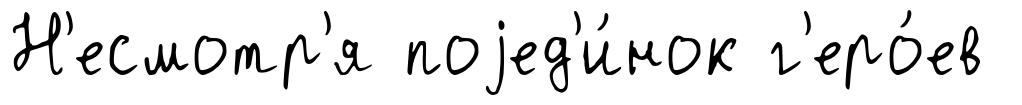
Н'есмотр'я поjед'и́нок г'еро́ев